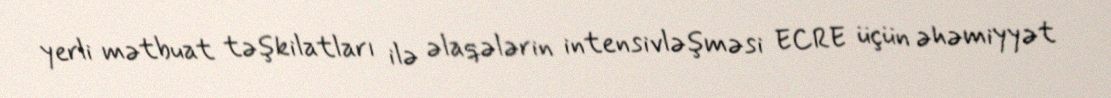
yerli mətbuat təşkilatları ilə əlaqələrin intensivləşməsi ECRE üçün əhəmiyyət